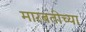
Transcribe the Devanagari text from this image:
मारबतीच्या